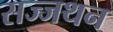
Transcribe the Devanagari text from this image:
सज्जथन